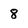
Character: 8